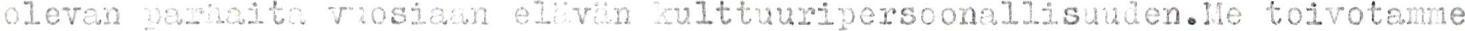
olevan parhaita vuosiaan elävän kulttuuripersoonallisuuden.Me toivotamme